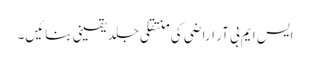
ایس ایم بی آر اراضی کی منتقلی جلد یقینی بنائیں۔